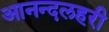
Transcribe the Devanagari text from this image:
आनन्दलहरी